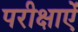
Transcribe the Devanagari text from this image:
परीक्षाऐं